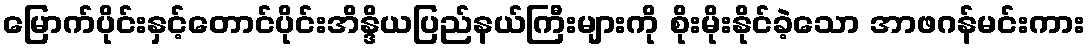
မြောက်ပိုင်းနှင့်တောင်ပိုင်းအိန္ဒိယပြည်နယ်ကြီးများကို စိုးမိုးနိုင်ခဲ့သော အာဖဂန်မင်းကား